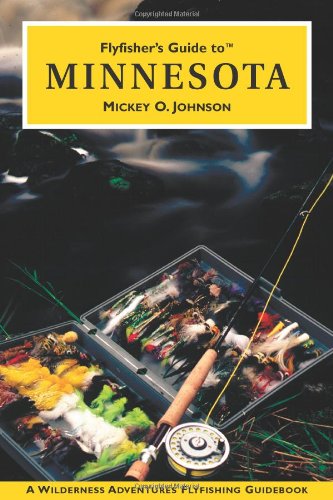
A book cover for Flyfisher's Guide to Minnesota (Flyfisher's Guides); Mickey O. Johnson; Travel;